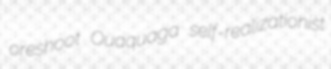
oreshoot Ouaquaga self-realizationist